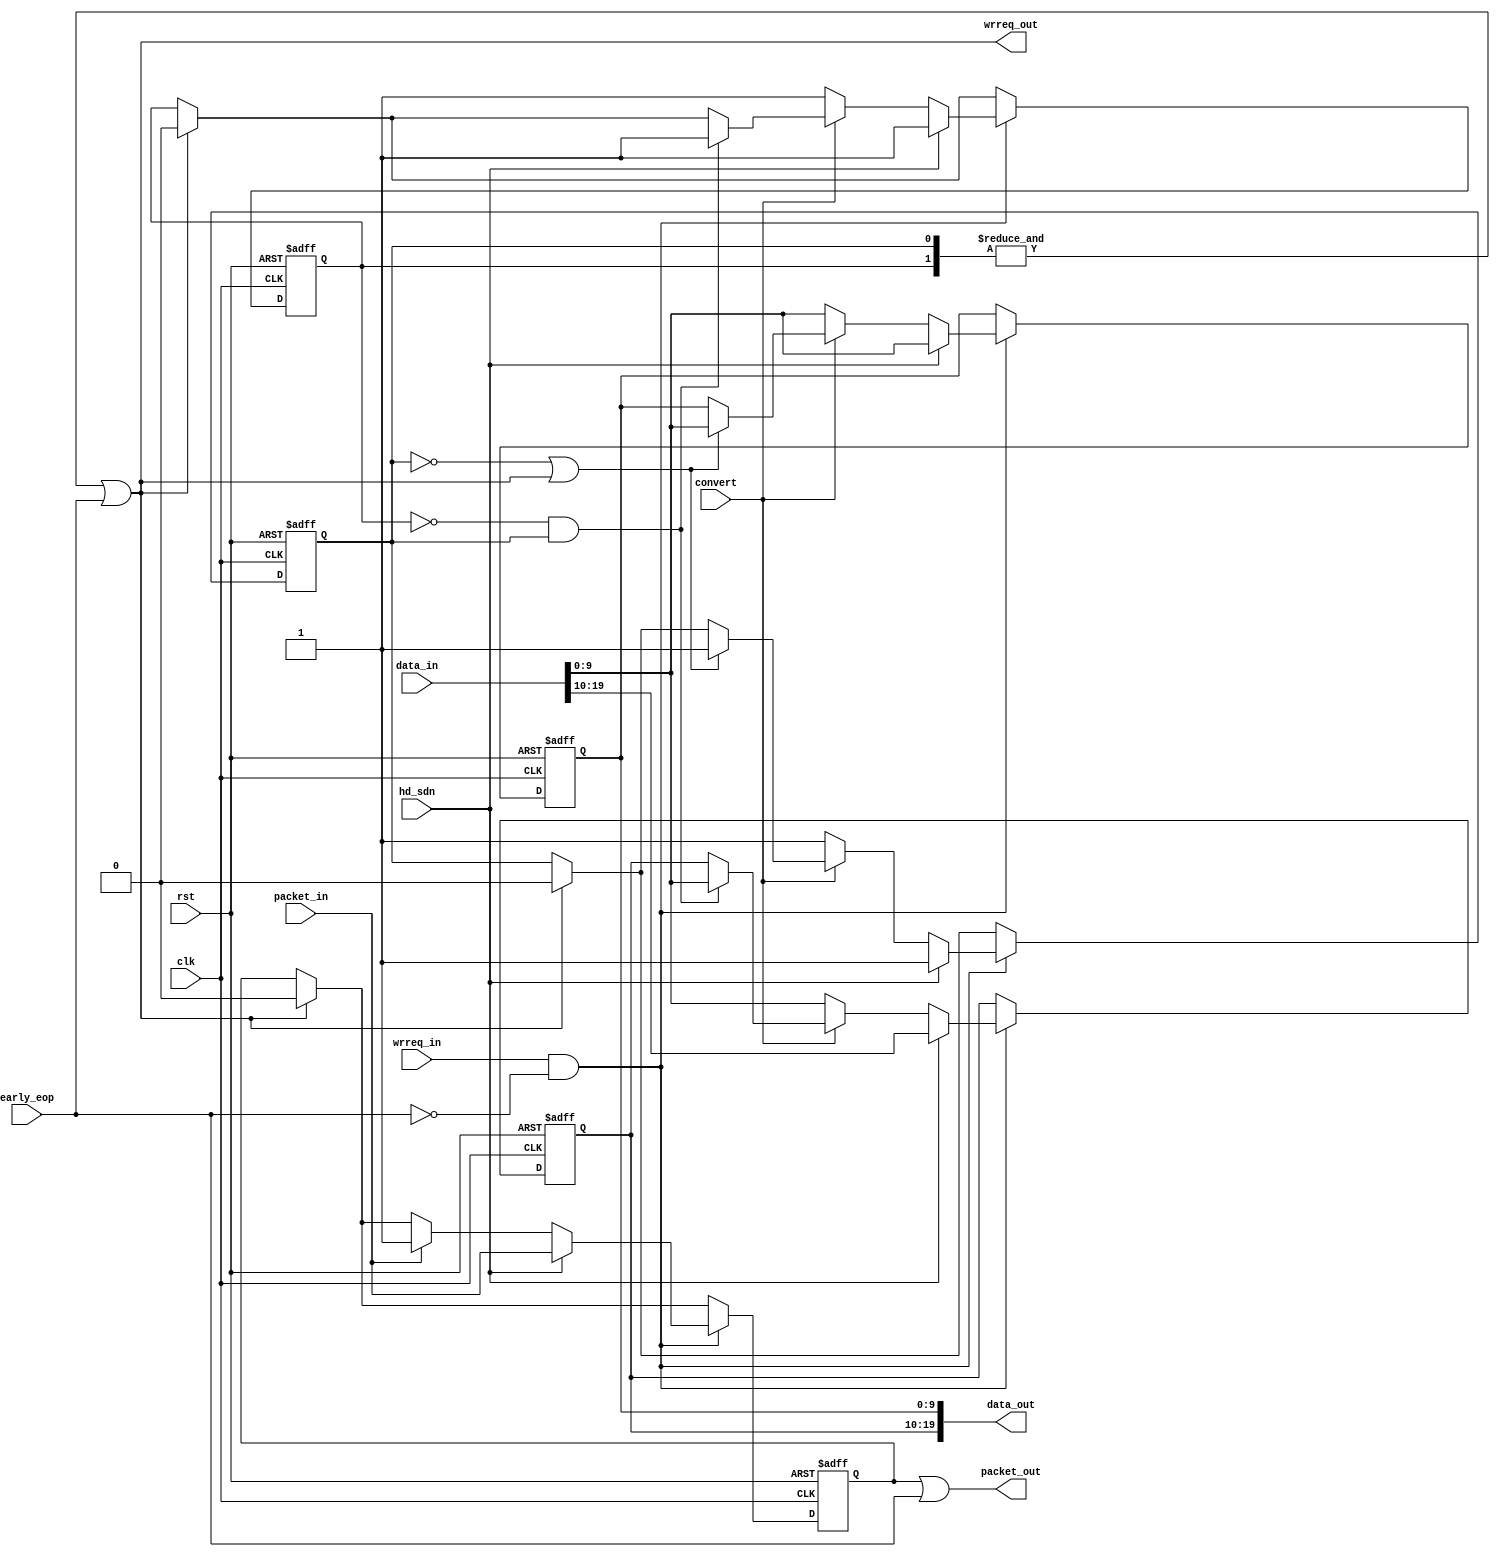
module alt_vipcti130_Vid2IS_write_buffer
    #(parameter
        DATA_WIDTH = 20,
        NUMBER_OF_COLOUR_PLANES = 2,
        BPS = 10)
    (
    input wire rst,
    input wire clk,
    
    input wire convert,
    input wire hd_sdn,
    input wire early_eop,
    
    input wire wrreq_in,
    input wire [DATA_WIDTH-1:0] data_in,
    input wire packet_in,
    
    output wire wrreq_out,
    output wire [DATA_WIDTH-1:0] data_out,
    output wire packet_out);
    
reg [BPS-1:0] write_buffer_data[NUMBER_OF_COLOUR_PLANES-1:0];
reg [NUMBER_OF_COLOUR_PLANES-1:0] write_buffer_valid;
reg write_buffer_packet;

generate begin : write_buffer_generation
    genvar i;
    for(i = 0; i < NUMBER_OF_COLOUR_PLANES; i = i + 1) begin : write_buffer_generation_for_loop
        always @ (posedge rst or posedge clk) begin
            if(rst) begin
                write_buffer_data[i] <= {BPS{1'b0}};
                write_buffer_valid[i] <= 1'b0;
            end else begin
                if(wrreq_in && !early_eop) begin
                    if(!hd_sdn) begin
                        if(!convert) begin
                            // copy the ancilliary data into the Y (control packet copied as well
                            // but that won't affect anything)
                            write_buffer_data[i] <= data_in[BPS-1:0];
                            write_buffer_valid[i] <= 1'b1;
                        end else begin
                            if((i == 0) ? write_buffer_valid[i] == 0 || wrreq_out : write_buffer_valid[i] == 0 && write_buffer_valid[i-1] == 1) begin    // decide which part of the buffer to insert the sample
                                write_buffer_data[i] <= data_in[BPS-1:0]; 
                                write_buffer_valid[i] <= 1'b1;
                            end else begin
                                if(wrreq_out) begin
                                    write_buffer_valid[i] <= 1'b0;   // clear the buffer
                                end
                            end
                        end
                    end else begin
                        write_buffer_data[i] <= data_in[(i*BPS)+(BPS-1):(i*BPS)];
                        write_buffer_valid[i] <= 1'b1;
                    end
                end else begin
                    if(wrreq_out) begin
                        write_buffer_valid[i] <= 1'b0;   // clear the buffer
                    end
                end
            end
        end
        
        assign data_out[(i*BPS)+(BPS-1):(i*BPS)] = write_buffer_data[i];
    end
end endgenerate

always @ (posedge rst or posedge clk) begin
    if(rst) begin
        write_buffer_packet <= 1'b0;
    end else begin
        if(wrreq_in && !early_eop) begin
            if(!hd_sdn) begin
                if(packet_in) begin
                    write_buffer_packet <= 1'b1;
                end else if(wrreq_out) begin
                    write_buffer_packet <= 1'b0;
                end
            end else begin
                write_buffer_packet <= packet_in;
            end
        end else begin
            if(wrreq_out) begin
                write_buffer_packet <= 1'b0;
            end
        end
    end
end

assign wrreq_out = (&write_buffer_valid) | early_eop;
assign packet_out = write_buffer_packet | early_eop;

endmodule